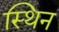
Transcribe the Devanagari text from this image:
स्थिन